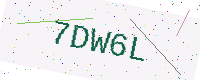
Text: 7DW6L